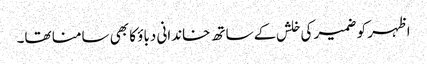
اظہر کو ضمیر کی خلش کے ساتھ خاندانی دباؤ کا بھی سامنا تھا۔